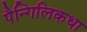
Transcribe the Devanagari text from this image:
पैन्गिलिकधा